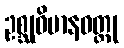
ဥစ္ဆုဝိမာနဝတ္ထု